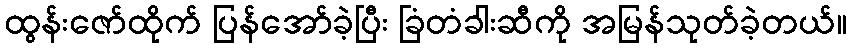
ထွန်းဇော်ထိုက် ပြန်အော်ခဲ့ပြီး ခြံတံခါးဆီကို အမြန်သုတ်ခဲ့တယ်။